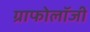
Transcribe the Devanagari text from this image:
ग्राफोलॉजी